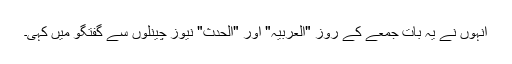
انہوں نے یہ بات جمعے کے روز "العربیہ" اور "الحدث" نیوز چینلوں سے گفتگو میں کہی۔